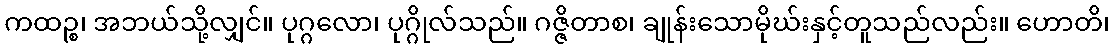
ကထဉ္စ၊ အဘယ်သို့လျှင်။ ပုဂ္ဂလော၊ ပုဂ္ဂိုလ်သည်။ ဂဇ္ဇိတာစ၊ ချုန်းသောမိုဃ်းနှင့်တူသည်လည်း။ ဟောတိ၊